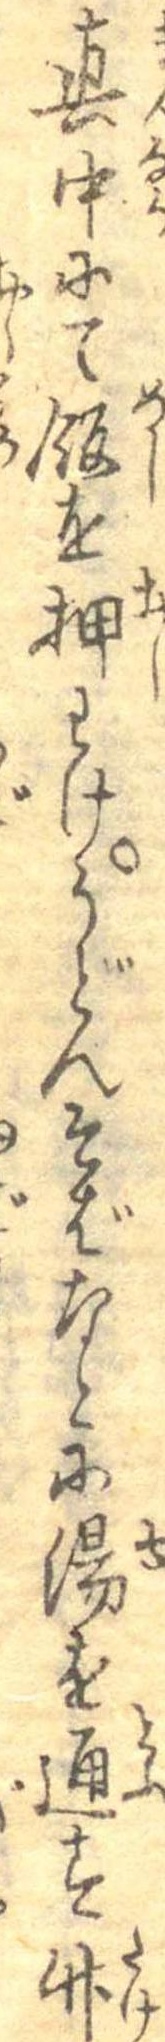
真中にて飯を押わけうどんそばなとに湯を通す竹